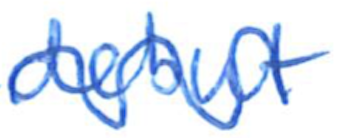
Text: debut
Cross-out: wave
Writing tool: ballpoint